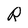
Character: R